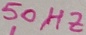
Text: 50HZ